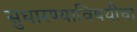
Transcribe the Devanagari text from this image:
सुधारण्याविषयीचा